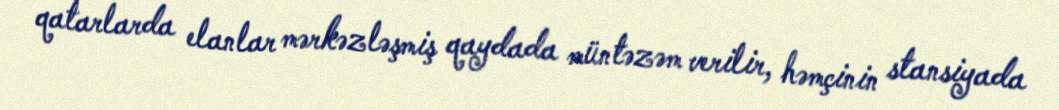
qatarlarda elanlar mərkəzləşmiş qaydada müntəzəm verilir, həmçinin stansiyada